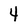
Character: 4